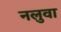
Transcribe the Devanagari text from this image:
नलुवा